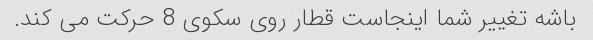
باشه تغییر شما اینجاست قطار روی سکوی 8 حرکت می کند.